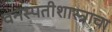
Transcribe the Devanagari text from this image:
वनस्पतीशास्त्राचा